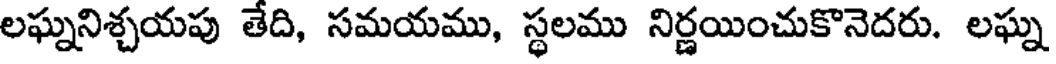
లఘ్ననిశ్చయపు తేది, సమయము, స్థలము నిర్ణయించుకొనెదరు. లఘ్న